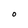
Character: O